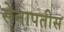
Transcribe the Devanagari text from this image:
सेनापतीस